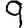
Digit: 9